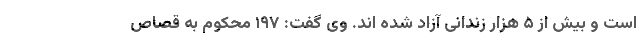
است و بیش از ۵ هزار زندانی آزاد شده اند. وی گفت: ۱۹۷ محکوم به قصاص